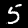
Digit: 5